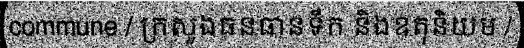
commune / ក្រសួងធនធានទឹក និងឧតុនិយម /